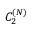
C _ { 2 } ^ { ( N ) }